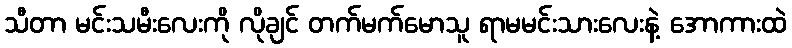
သီတာ မင်းသမီးလေးကို လိုချင် တက်မက်မောသူ ရာမမင်းသားလေးနဲ့ အောကားထဲ